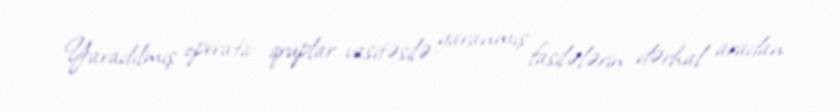
Yaradılmış operativ qruplar vasitəsilə yaranmış fasilələrin dərhal aradan